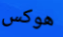
هوكس